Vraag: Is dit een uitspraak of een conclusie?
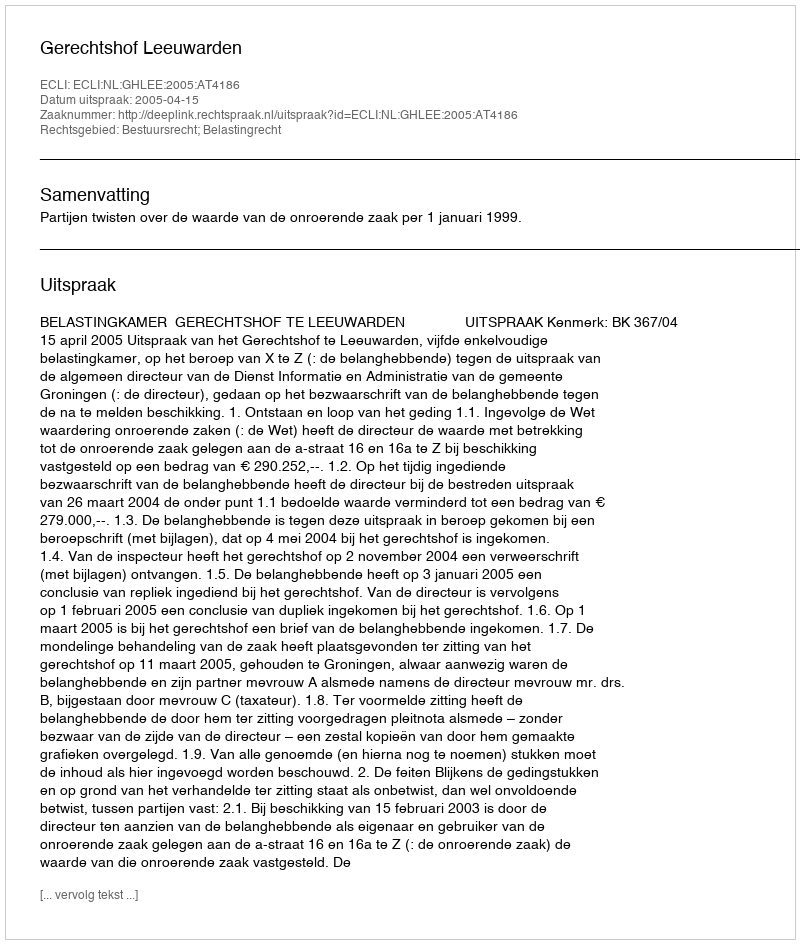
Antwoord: Uitspraak